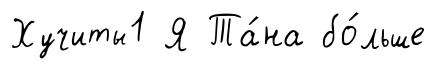
Хучиты1 Я Та́на бо́льше